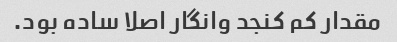
مقدار کم کنجد وانگار اصلا ساده بود.